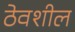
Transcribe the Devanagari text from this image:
ठेवशील